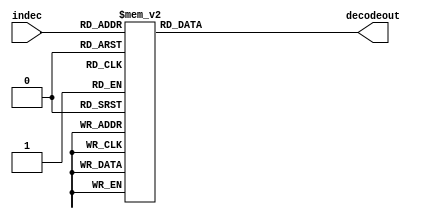
module decode4_7(decodeout, indec);
	output[6:0] decodeout;
	input[3:0] indec;
	reg[6:0] decodeout;
	always@(indec)
	begin
		case(indec)
		4'd0:decodeout=7'b1111110;
		4'd1:decodeout=7'b0110000;
		4'd2:decodeout=7'b1101101;
		4'd3:decodeout=7'b1111001;
		4'd4:decodeout=7'b0110011;
		4'd5:decodeout=7'b1011011;
		4'd6:decodeout=7'b1011111;
		4'd7:decodeout=7'b1110000;
		4'd8:decodeout=7'b1111111;
		4'd9:decodeout=7'b1111011;
		default: decodeout = 7'bx;
		endcase
	end
endmodule